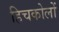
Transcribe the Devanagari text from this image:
हिचकोलों